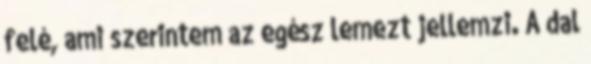
felé, ami szerintem az egész lemezt jellemzi. A dal